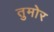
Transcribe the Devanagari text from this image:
तुमोर